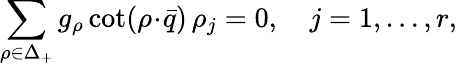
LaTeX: \sum_{\rho\in\Delta_{+}}g_{\rho}\cot(\rho\! \cdot\! \bar{q})\, \rho_{j}=0,\quad j=1,\ldots,r,